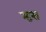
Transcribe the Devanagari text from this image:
म्हस